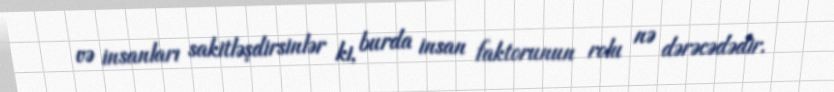
və insanları sakitləşdirsinlər ki, burda insan faktorunun rolu nə dərəcədədir.